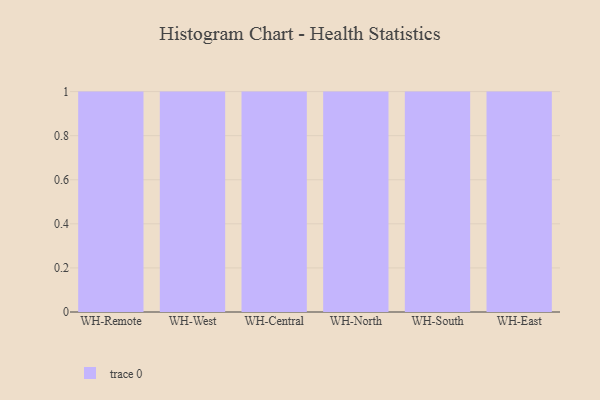
{"axis": {"x": "Warehouse", "y": "Conversion Rate (%)"}, "legend": [""], "data": [{"x": "WH-Remote", "y": 16, "type": ""}, {"x": "WH-West", "y": 27, "type": ""}, {"x": "WH-Central", "y": 92, "type": ""}, {"x": "WH-North", "y": 72, "type": ""}, {"x": "WH-South", "y": 96, "type": ""}, {"x": "WH-East", "y": 69, "type": ""}]}